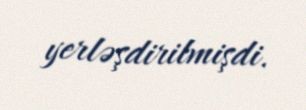
yerləşdirilmişdi.